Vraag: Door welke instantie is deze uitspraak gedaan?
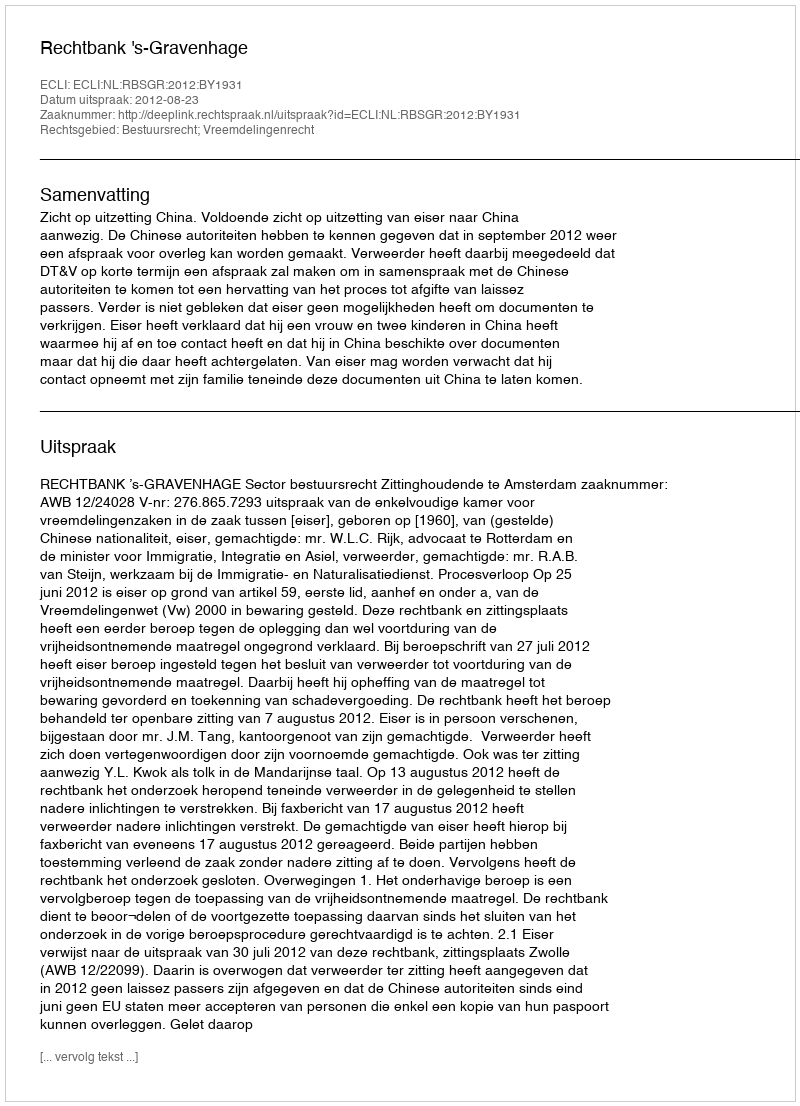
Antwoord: Rechtbank 's-Gravenhage